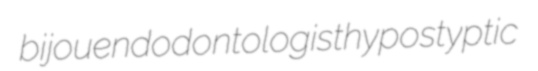
bijou endodontologist hypostyptic